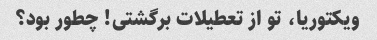
ویکتوریا، تو از تعطیلات برگشتی! چطور بود؟